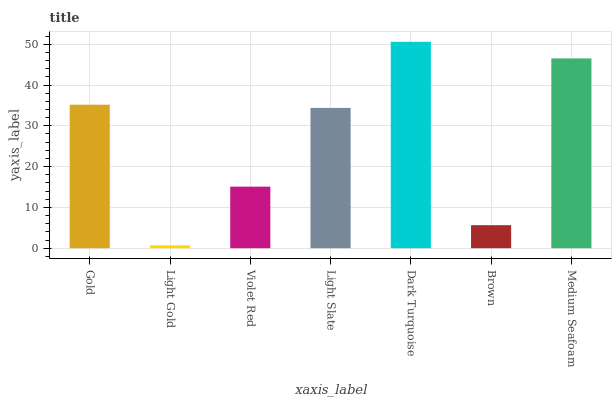
| xaxis_label | bars |
 | --- | --- |
 | Gold | 35.2 |
 | Light Gold | 0.696 |
 | Violet Red | 15.1 |
 | Light Slate | 34.4 |
 | Dark Turquoise | 50.6 |
 | Brown | 5.64 |
 | Medium Seafoam | 46.5 |